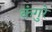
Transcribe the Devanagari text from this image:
कंगुरे